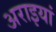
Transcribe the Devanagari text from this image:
अराइयां